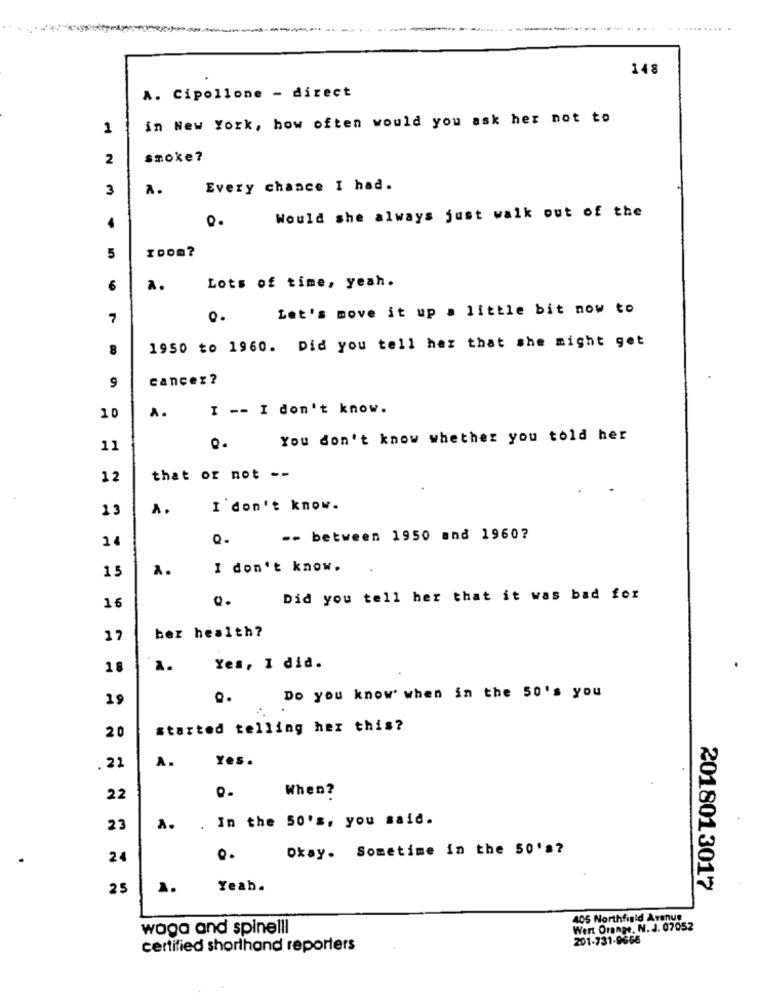
148
A. Cipollone - direct
in New York, how often would you ask her not to
1
2
smoke?
3
A.
Every chance I had.
Q.
Would she always just walk out of the
.
ICom?
5
Lots of time, yeah.
6
A.
Let's move it up a little bit now to
1950 to 1960. Did you tell her that she might get
8
9
cancer?
A.
I -- I don't know.
You don't know whether you told her
11
Q.
12
that or not --
A.
I don't know.
14
-- between 1950 and 1960?
15
I don't know.
16
Did you tell her that it was bad for
17
bez health?
2.
Yes, 1 did.
19
Do you know when in the 50's you
20
started telling her this?
A.
Yes .
. 21
When?
22
. In the 50's, you said.
23
A.
Okay. Sometime in the 50's?
24
Q.
25
1.
Yeah.
201801 3017
405 Northfield Aranus
waga and spinelli
Wert Orange, N. J. 07052
201-731-9666
certified shorthand reporters